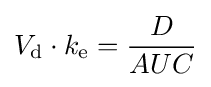
V_{\text{d}}\cdot k_{\text{e}}={\frac {D}{AUC}}